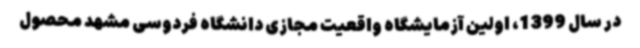
در سال 1399، اولین آزمایشگاه واقعیت مجازی دانشگاه فردوسی مشهد محصول